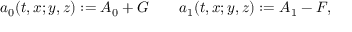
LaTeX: a _ { 0 } ( t , x ; y , z ) : = A _ { 0 } + G \ \ \ \ \ \ a _ { 1 } ( t , x ; y , z ) : = A _ { 1 } - F ,